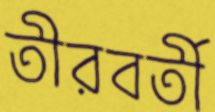
তীরবর্তী